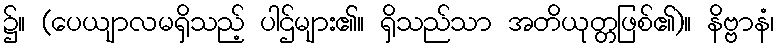
၌။ (ပေယျာလမရှိသည့် ပါဌ်များ၏။ ရှိသည်သာ အတိယုတ္တဖြစ်၏)။ နိဗ္ဗာနံ၊